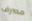
مصرف